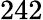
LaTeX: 242